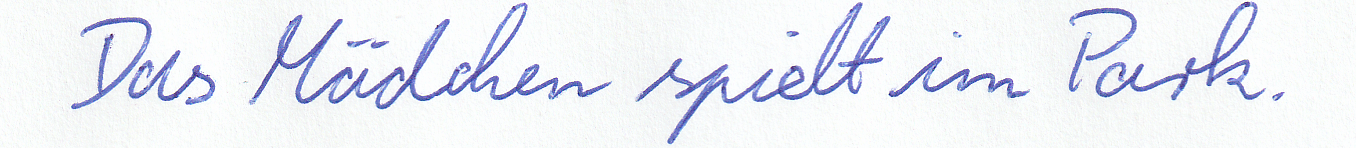
Das Mädchen spielt im Park.